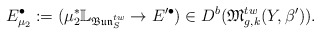
\begin{align*}E^{\bullet}_{\mu_2}:=(\mu_2^*\mathbb{L}_{\mathfrak{Bun}_{S}^{tw}}\rightarrow E'^{\bullet})\in D^b(\mathfrak{M}_{g,k}^{tw}(Y,\beta')).\end{align*}